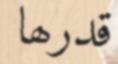
قدرھا